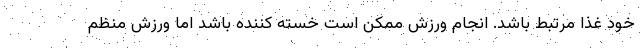
خود غذا مرتبط باشد. انجام ورزش ممکن است خسته کننده باشد اما ورزش منظم